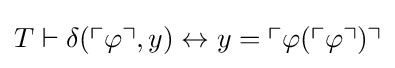
T\vdash \delta (\ulcorner \varphi \urcorner ,y)\leftrightarrow y=\ulcorner \varphi (\ulcorner \varphi \urcorner )\urcorner